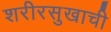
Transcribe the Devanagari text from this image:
शरीरसुखाची